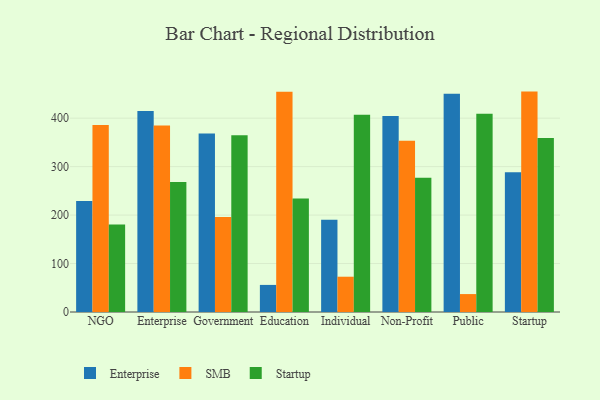
{"axis": {"x": "Segment", "y": "LTV (USD)"}, "legend": ["Enterprise", "SMB", "Startup"], "data": [{"x": "NGO", "y": 228.8, "type": "Enterprise"}, {"x": "NGO", "y": 385.9, "type": "SMB"}, {"x": "NGO", "y": 180.8, "type": "Startup"}, {"x": "Enterprise", "y": 414.6, "type": "Enterprise"}, {"x": "Enterprise", "y": 384.8, "type": "SMB"}, {"x": "Enterprise", "y": 268.3, "type": "Startup"}, {"x": "Government", "y": 368.1, "type": "Enterprise"}, {"x": "Government", "y": 195.9, "type": "SMB"}, {"x": "Government", "y": 364.6, "type": "Startup"}, {"x": "Education", "y": 55.9, "type": "Enterprise"}, {"x": "Education", "y": 454.7, "type": "SMB"}, {"x": "Education", "y": 234.0, "type": "Startup"}, {"x": "Individual", "y": 190.2, "type": "Enterprise"}, {"x": "Individual", "y": 72.8, "type": "SMB"}, {"x": "Individual", "y": 407.1, "type": "Startup"}, {"x": "Non-Profit", "y": 404.3, "type": "Enterprise"}, {"x": "Non-Profit", "y": 353.4, "type": "SMB"}, {"x": "Non-Profit", "y": 276.9, "type": "Startup"}, {"x": "Public", "y": 450.2, "type": "Enterprise"}, {"x": "Public", "y": 37.0, "type": "SMB"}, {"x": "Public", "y": 409.3, "type": "Startup"}, {"x": "Startup", "y": 288.3, "type": "Enterprise"}, {"x": "Startup", "y": 454.8, "type": "SMB"}, {"x": "Startup", "y": 358.9, "type": "Startup"}]}